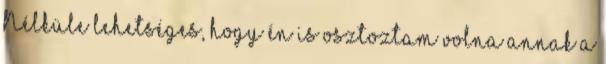
Nélküle lehetséges, hogy én is osztoztam volna annak a